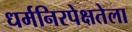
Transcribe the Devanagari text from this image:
धर्मनिरपेक्षतेला